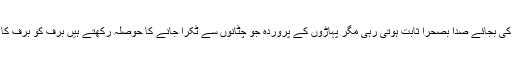
بہت عرصہ ان کی صدا پہاڑوں کی گونج کی بجائے صدا بصحرا ثابت ہوتی رہی مگر پہاڑوں کے پروردہ جو چٹانوں سے ٹکرا جانے کا حوصلہ رکھتے ہیں برف کو برف کا خمیر لگاتے ہیں چپ چاپ کیونکر رہتے۔